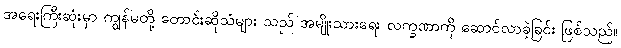
အရေးကြီးဆုံးမှာ ကျွန်မတို့ တောင်းဆိုသံများ သည် အမျိုးသားရေး လက္ခဏာကို ဆောင်လာခဲ့ခြင်း ဖြစ်သည်။